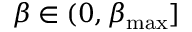
\beta \in ( 0 , \beta _ { \operatorname* { m a x } } ]